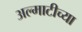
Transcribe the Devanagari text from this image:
अल्माटीच्या